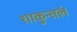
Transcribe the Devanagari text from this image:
शाकुन्तलं